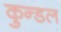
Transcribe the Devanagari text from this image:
कुन्डल